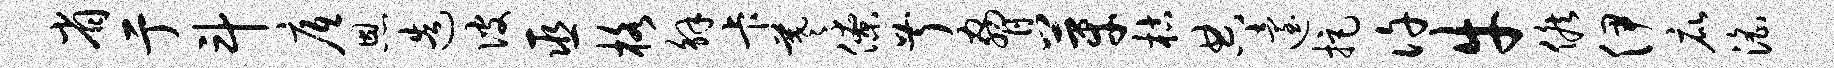
省亍斗底恩造彼巫格解卡羲僚叔胁芽枯典迨拒许牛候伊庇淫